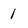
Character: 1